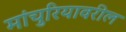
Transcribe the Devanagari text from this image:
मांचुरियावरील